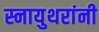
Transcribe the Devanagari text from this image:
स्नायुथरांनी